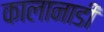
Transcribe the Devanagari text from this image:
कालानाडी